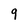
Character: 9